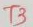
Text: T3